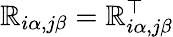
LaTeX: \mathbb{R}_{i\alpha,j\beta}=\mathbb{R}_{i\alpha,j\beta}^{\top}